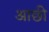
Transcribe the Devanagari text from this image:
आछी